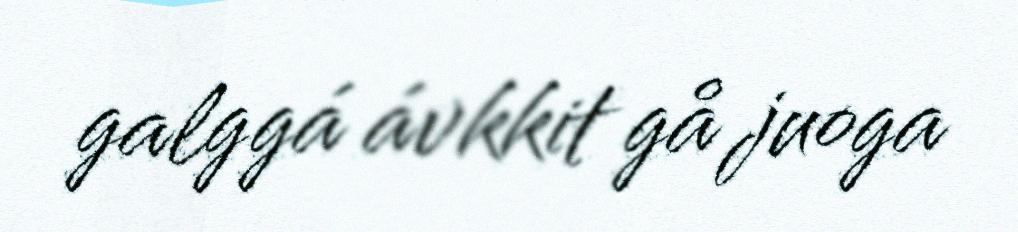
galggá ávkkit gå juoga